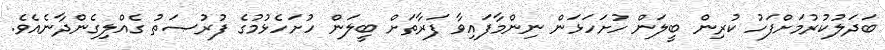
ބަދަލުކުރުމަށްފަހު ކުރިން ބީލަން ހުށަހަޅަން ނިންމާފައިވާ ފަރާތަށް ބީލަން ހުށަހެޅުމުގެ ފުރުޞަތު ގެއްލިގެންދާނެއެވެ.